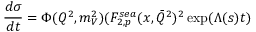
\frac { d \sigma } { d t } = \Phi ( Q ^ { 2 } , m _ { V } ^ { 2 } ) ( F _ { 2 , p } ^ { s e a } ( x , \bar { Q } ^ { 2 } ) ^ { 2 } \exp ( \Lambda ( s ) t )